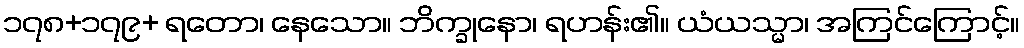
၁၇၈+၁၇၉+ ရတော၊ နေသော။ ဘိက္ခုနော၊ ရဟန်း၏။ ယံယသ္မာ၊ အကြင်ကြောင့်။